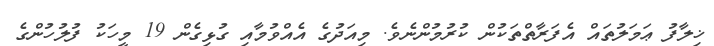
ޚިލާފު ޢަމަލުތައް އެފަރާތްތަކުން ކުރުމުންނެވެ. މިއަދުގެ އެއްވުމާއި ގުޅިގެން 19 މީހަކު ފުލުހުންގެ